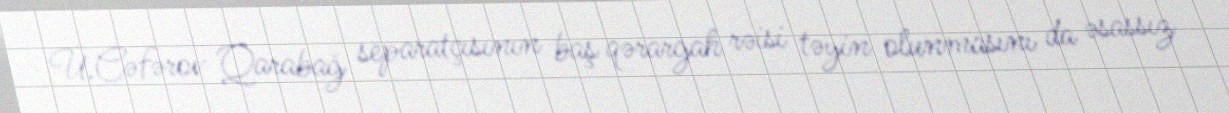
Ü.Cəfərov Qarabağ separatçısının baş qərargah rəisi təyin olunmasını da əsassız